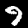
Label: 9